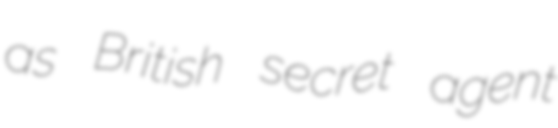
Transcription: as British secret agent